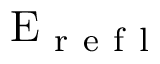
\mathrm { E } _ { \mathrm { ~ r ~ e ~ f ~ l ~ } }